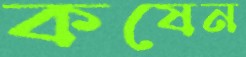
কষেন